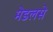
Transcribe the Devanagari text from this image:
मेडलसे